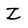
Character: Z